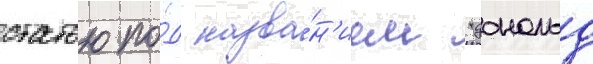
статью по́д назва́н'ием "дональд